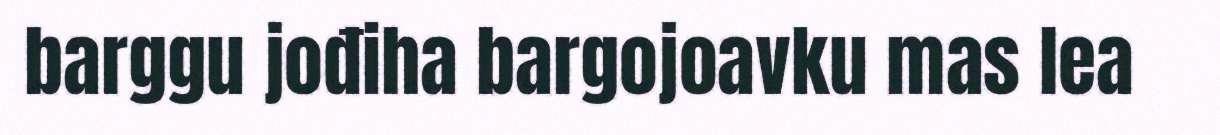
barggu jođiha bargojoavku mas lea